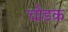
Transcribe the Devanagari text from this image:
चौडक